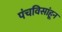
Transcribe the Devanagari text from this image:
पंचविसांहून